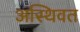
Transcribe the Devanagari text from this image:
अस्थिवत